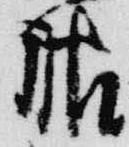
服